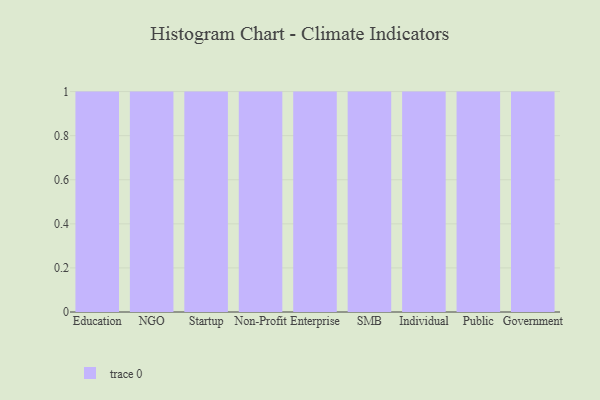
{"axis": {"x": "Segment", "y": "Bounce Rate (%)"}, "legend": [""], "data": [{"x": "Education", "y": 90, "type": ""}, {"x": "NGO", "y": 60, "type": ""}, {"x": "Startup", "y": 28, "type": ""}, {"x": "Non-Profit", "y": 60, "type": ""}, {"x": "Enterprise", "y": 16, "type": ""}, {"x": "SMB", "y": 3, "type": ""}, {"x": "Individual", "y": 23, "type": ""}, {"x": "Public", "y": 63, "type": ""}, {"x": "Government", "y": 12, "type": ""}]}